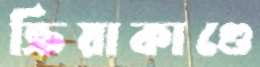
ক্রিয়াকাণ্ডে